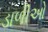
ડાળીઓ